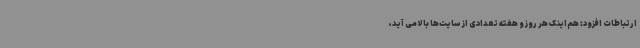
ارتباطات افزود: هم‌اینک هر روز و هفته تعدادی از سایت‌ها بالا می آید،